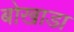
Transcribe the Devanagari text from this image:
बोखाडा